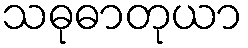
သဓုဓာတုယာ